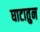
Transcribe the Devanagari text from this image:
घाटातुन